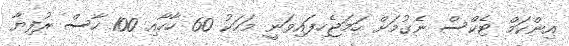
އިންކަމް ޓެކްސް ނެގުމަށް ހަމަޖެހިފައިވަނީ މަހަކު 60 ހާހާއި 100 ހާސް ރުފިޔާ